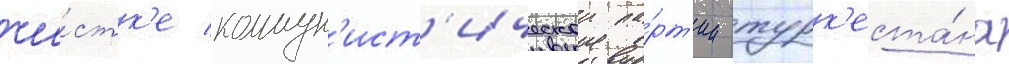
чи́стк'е коммун'ист'ическои па́рт'ии турк'еста́на